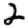
Digit: 2